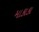
માકાકા